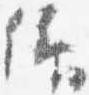
仰